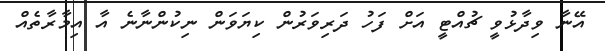
އޭނާ ވިދާޅުވީ ޗުއްޓީ އަށް ފަހު ދަރިވަރުން ކިޔަވަން ނިކުންނާނެ އާ އިމާރާތެއް